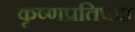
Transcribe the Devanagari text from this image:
कृष्णप्रतिपदा